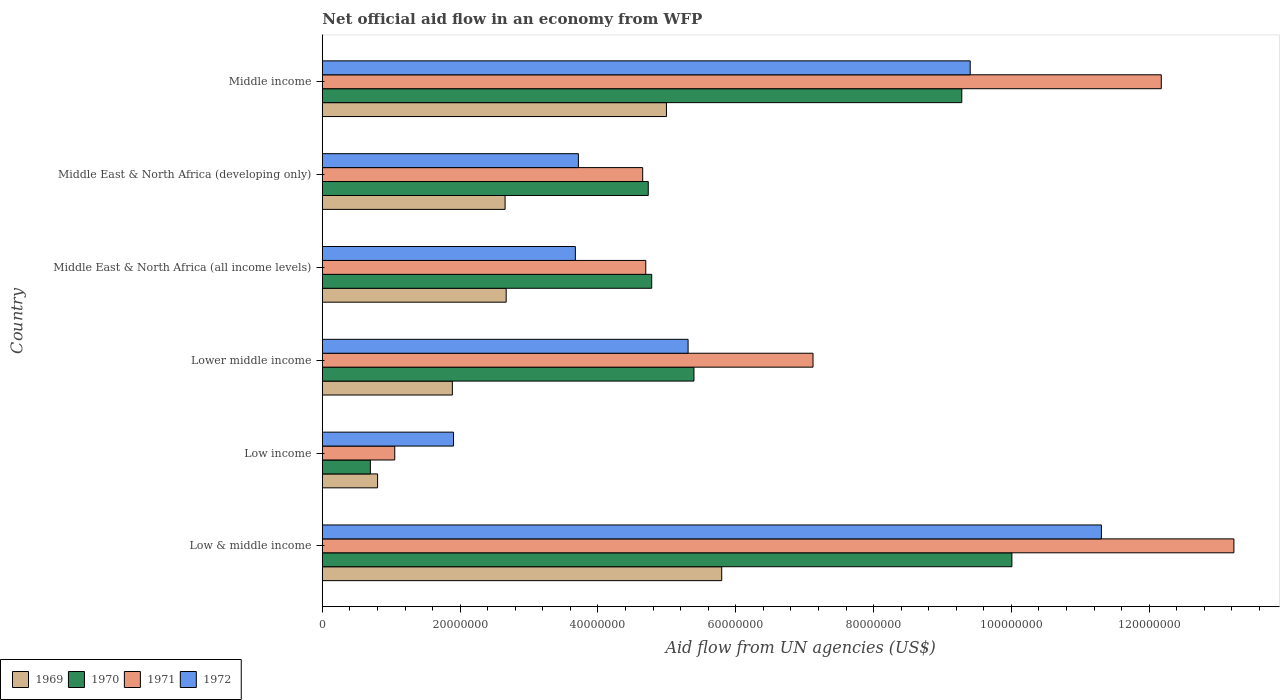
| Country | 1969 | 1970 | 1971 | 1972 |
 | --- | --- | --- | --- | --- |
 | Low & middle income | 5.8e+07 | 1e+08 | 1.32e+08 | 1.13e+08 |
 | Low income | 8.02e+06 | 6.97e+06 | 1.05e+07 | 1.9e+07 |
 | Lower middle income | 1.89e+07 | 5.39e+07 | 7.12e+07 | 5.31e+07 |
 | Middle East & North Africa (all income levels) | 2.67e+07 | 4.78e+07 | 4.69e+07 | 3.67e+07 |
 | Middle East & North Africa (developing only) | 2.65e+07 | 4.73e+07 | 4.65e+07 | 3.72e+07 |
 | Middle income | 4.99e+07 | 9.28e+07 | 1.22e+08 | 9.4e+07 |